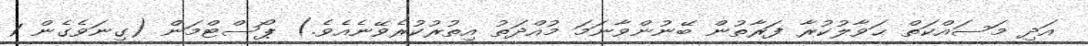
އަދި މަސައްކަތް ޙަވާލުކުރާ ފަރާތުން ބޭނުންވާނަމަ މުއްދަތު އިތުރުކުރެވޭނެއެވެ.) ޕޯސްޓްމަން (ގިނަވެގެން 1